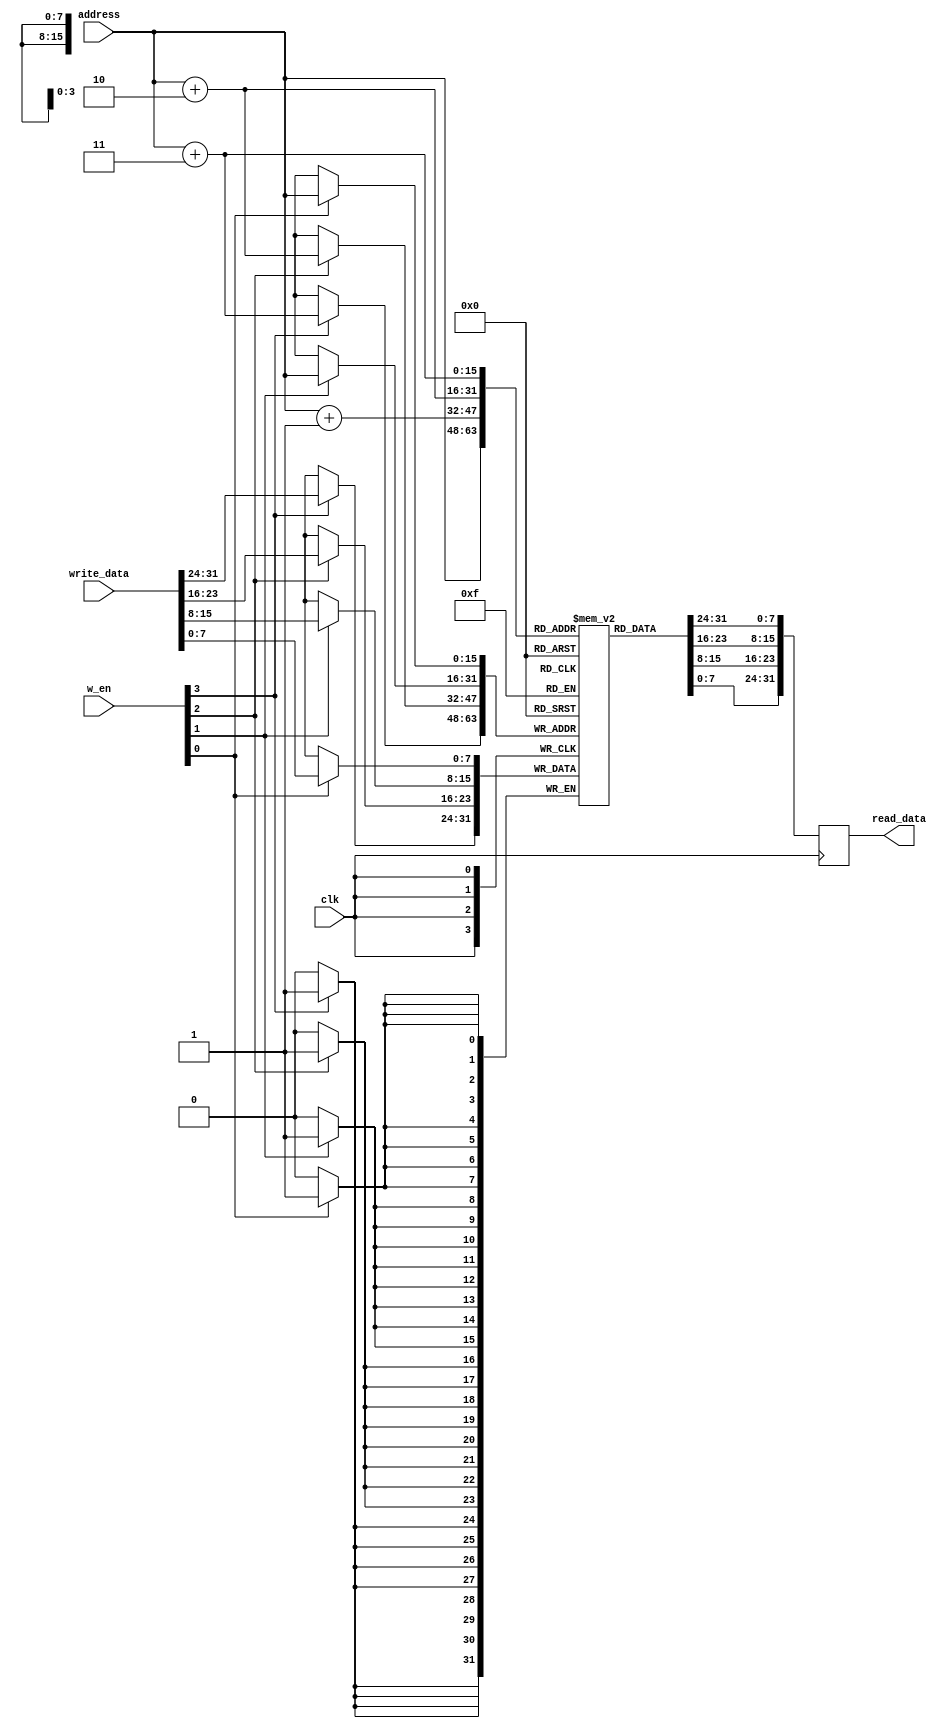
module SRAM ( 
    input clk, 
    input [3:0] w_en,   //write_enable
    input [15:0] address, 
    input [31:0] write_data, 
    output [31:0] read_data 
);

    reg [7:0] mem [0:65535];

    always @(posedge clk) begin
        // Write operation
        if (w_en[0]) begin
            mem[address] <= write_data[7:0];
        end
        if (w_en[1]) begin
            mem[address] <= write_data[15:8];
        end
        if (w_en[2]) begin
            mem[address+2] <= write_data[23:16];
        end
        if (w_en[3]) begin
            mem[address+3] <= write_data[31:24];
        end

        // Read operation
        read_data <= {mem[address+3], mem[address+2], mem[address+1], mem[address]};
    end

endmodule